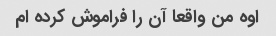
اوه من واقعا آن را فراموش کرده ام